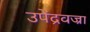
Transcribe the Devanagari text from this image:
उपेंद्रवज्रा